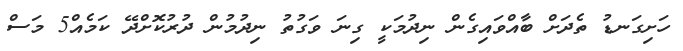
ހަށިގަނޑު ތެދަށް ބާއްވައިގެން ނިދުމަކީ ގިނަ ވަގުތު ނިދުމުން ދުރުކޮށްދޭ ކަމެއް5 މަސް